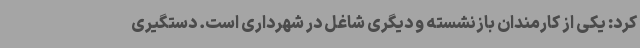
کرد: یکی از کارمندان بازنشسته و دیگری شاغل در شهرداری است. دستگیری